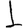
Digit: 1